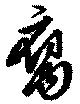
腐